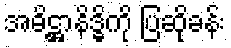
အဓိဋ္ဌာနိဒ္ဓိကို ပြဆိုခန်း